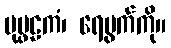
ပုပ္ဖဠကံ၊ ရေပွက်ကို။